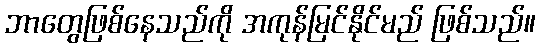
ဘာတွေဖြစ်နေသည်ကို အကုန်မြင်နိုင်မည် ဖြစ်သည်။